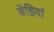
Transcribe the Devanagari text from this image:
बेडियां